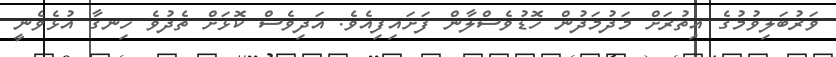
ވަރުބަލިވުމުގެ އިތުރަށް މަދުމަދުން ހޮޑުވެސްލާން ފަށައިފިއެވެ. އަދިވެސް ކޮޅަށް ތެދުވެ ހިނގާ އުޅެވެނީ